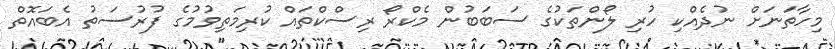
މިހާތަނަށް ނުދެއްކި ހުރި ލޯންތަކުގެ ސަބަބުން މެކްރޯ ރިސްކްތައް ކުރިމަތިވުމުގެ ފުރުސަތު އެބައޮތް